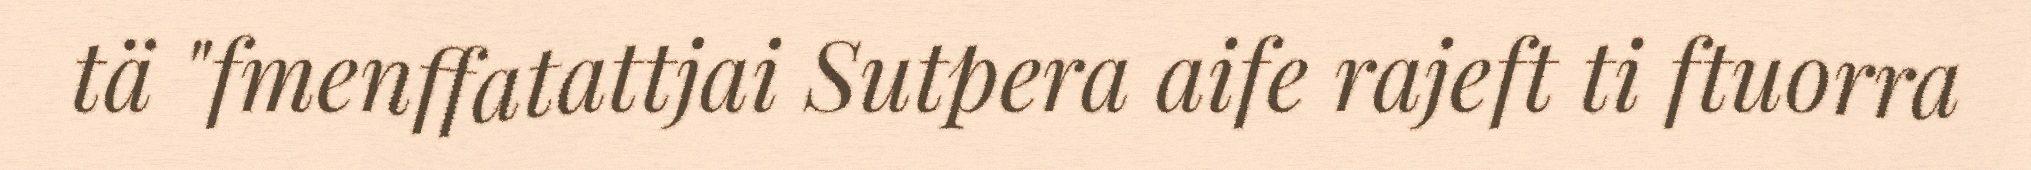
tä "fmenffatattjai Sutpera aife rajeft ti ftuorra